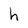
Character: h